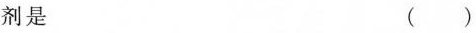
剂是 ()